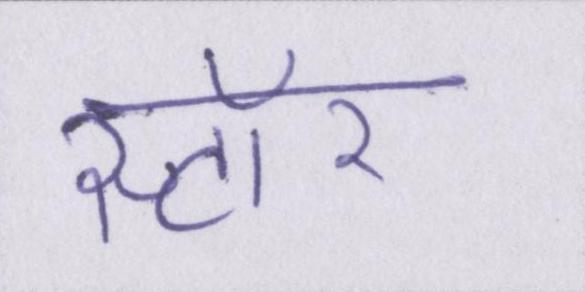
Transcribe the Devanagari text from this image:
स्टॉर